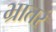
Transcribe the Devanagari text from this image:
भ्रातरं